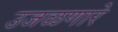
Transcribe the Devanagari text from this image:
उजळणारे